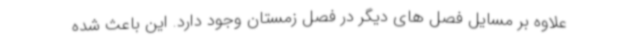
علاوه بر مسایل فصل های دیگر در فصل زمستان وجود دارد. این باعث شده